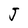
Character: J